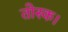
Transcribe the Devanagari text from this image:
तोस्क।